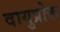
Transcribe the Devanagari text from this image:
वायुप्रोक्त